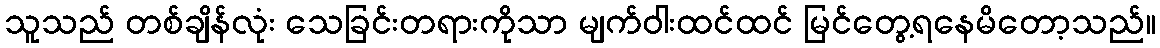
သူသည် တစ်ချိန်လုံး သေခြင်းတရားကိုသာ မျက်ဝါးထင်ထင် မြင်တွေ့ရနေမိတော့သည်။